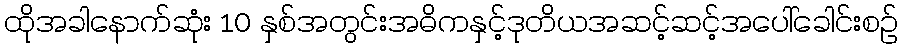
ထိုအခါနောက်ဆုံး 10 နှစ်အတွင်းအဓိကနှင့်ဒုတိယအဆင့်ဆင့်အပေါ်ခေါင်းစဉ်